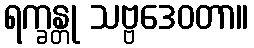
ရက္ခန္တု သဗ္ဗဒေဝတာ။